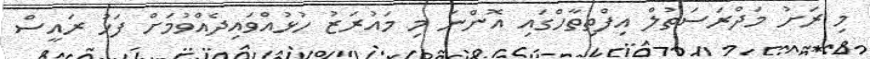
މި ރަށު މަދްރަސަތުލް އިފްތިތާހްގައި އޮންނަ މި މައުރަޒު ހުޅުއްވައިދެއްވުމަށް ފަހު ރައީސް